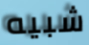
شبيه